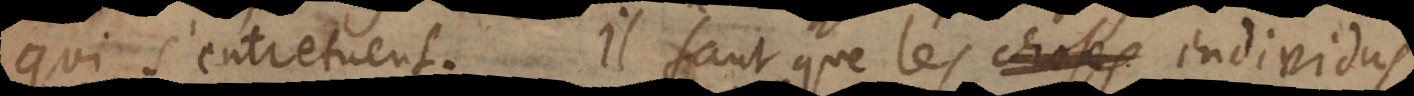
qui s’entretuent. Il faut que les choses